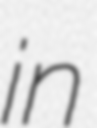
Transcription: in